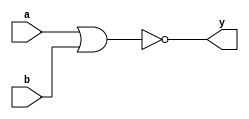
//gate level nor implemtation 

module gate_level_nor(a,b,y);

input a,b;
output y;

nor(y,a,b); // nor is a built in primitive gate 
endmodule